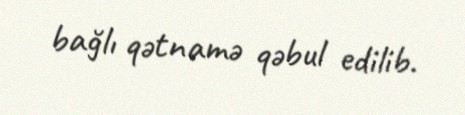
bağlı qətnamə qəbul edilib.